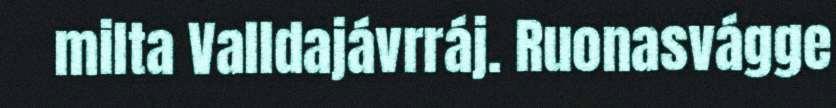
milta Valldajávrráj. Ruonasvágge